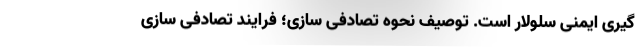
گیری ایمنی سلولار است. توصیف نحوه تصادفی سازی؛ فرایند تصادفی سازی